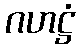
ဂဟဋ္ဌံ